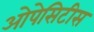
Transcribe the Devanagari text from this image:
ओपेसिटीस